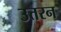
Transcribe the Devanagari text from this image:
उत्तरन